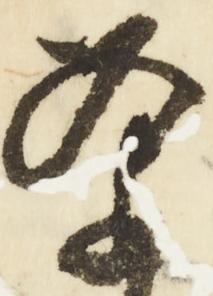
条